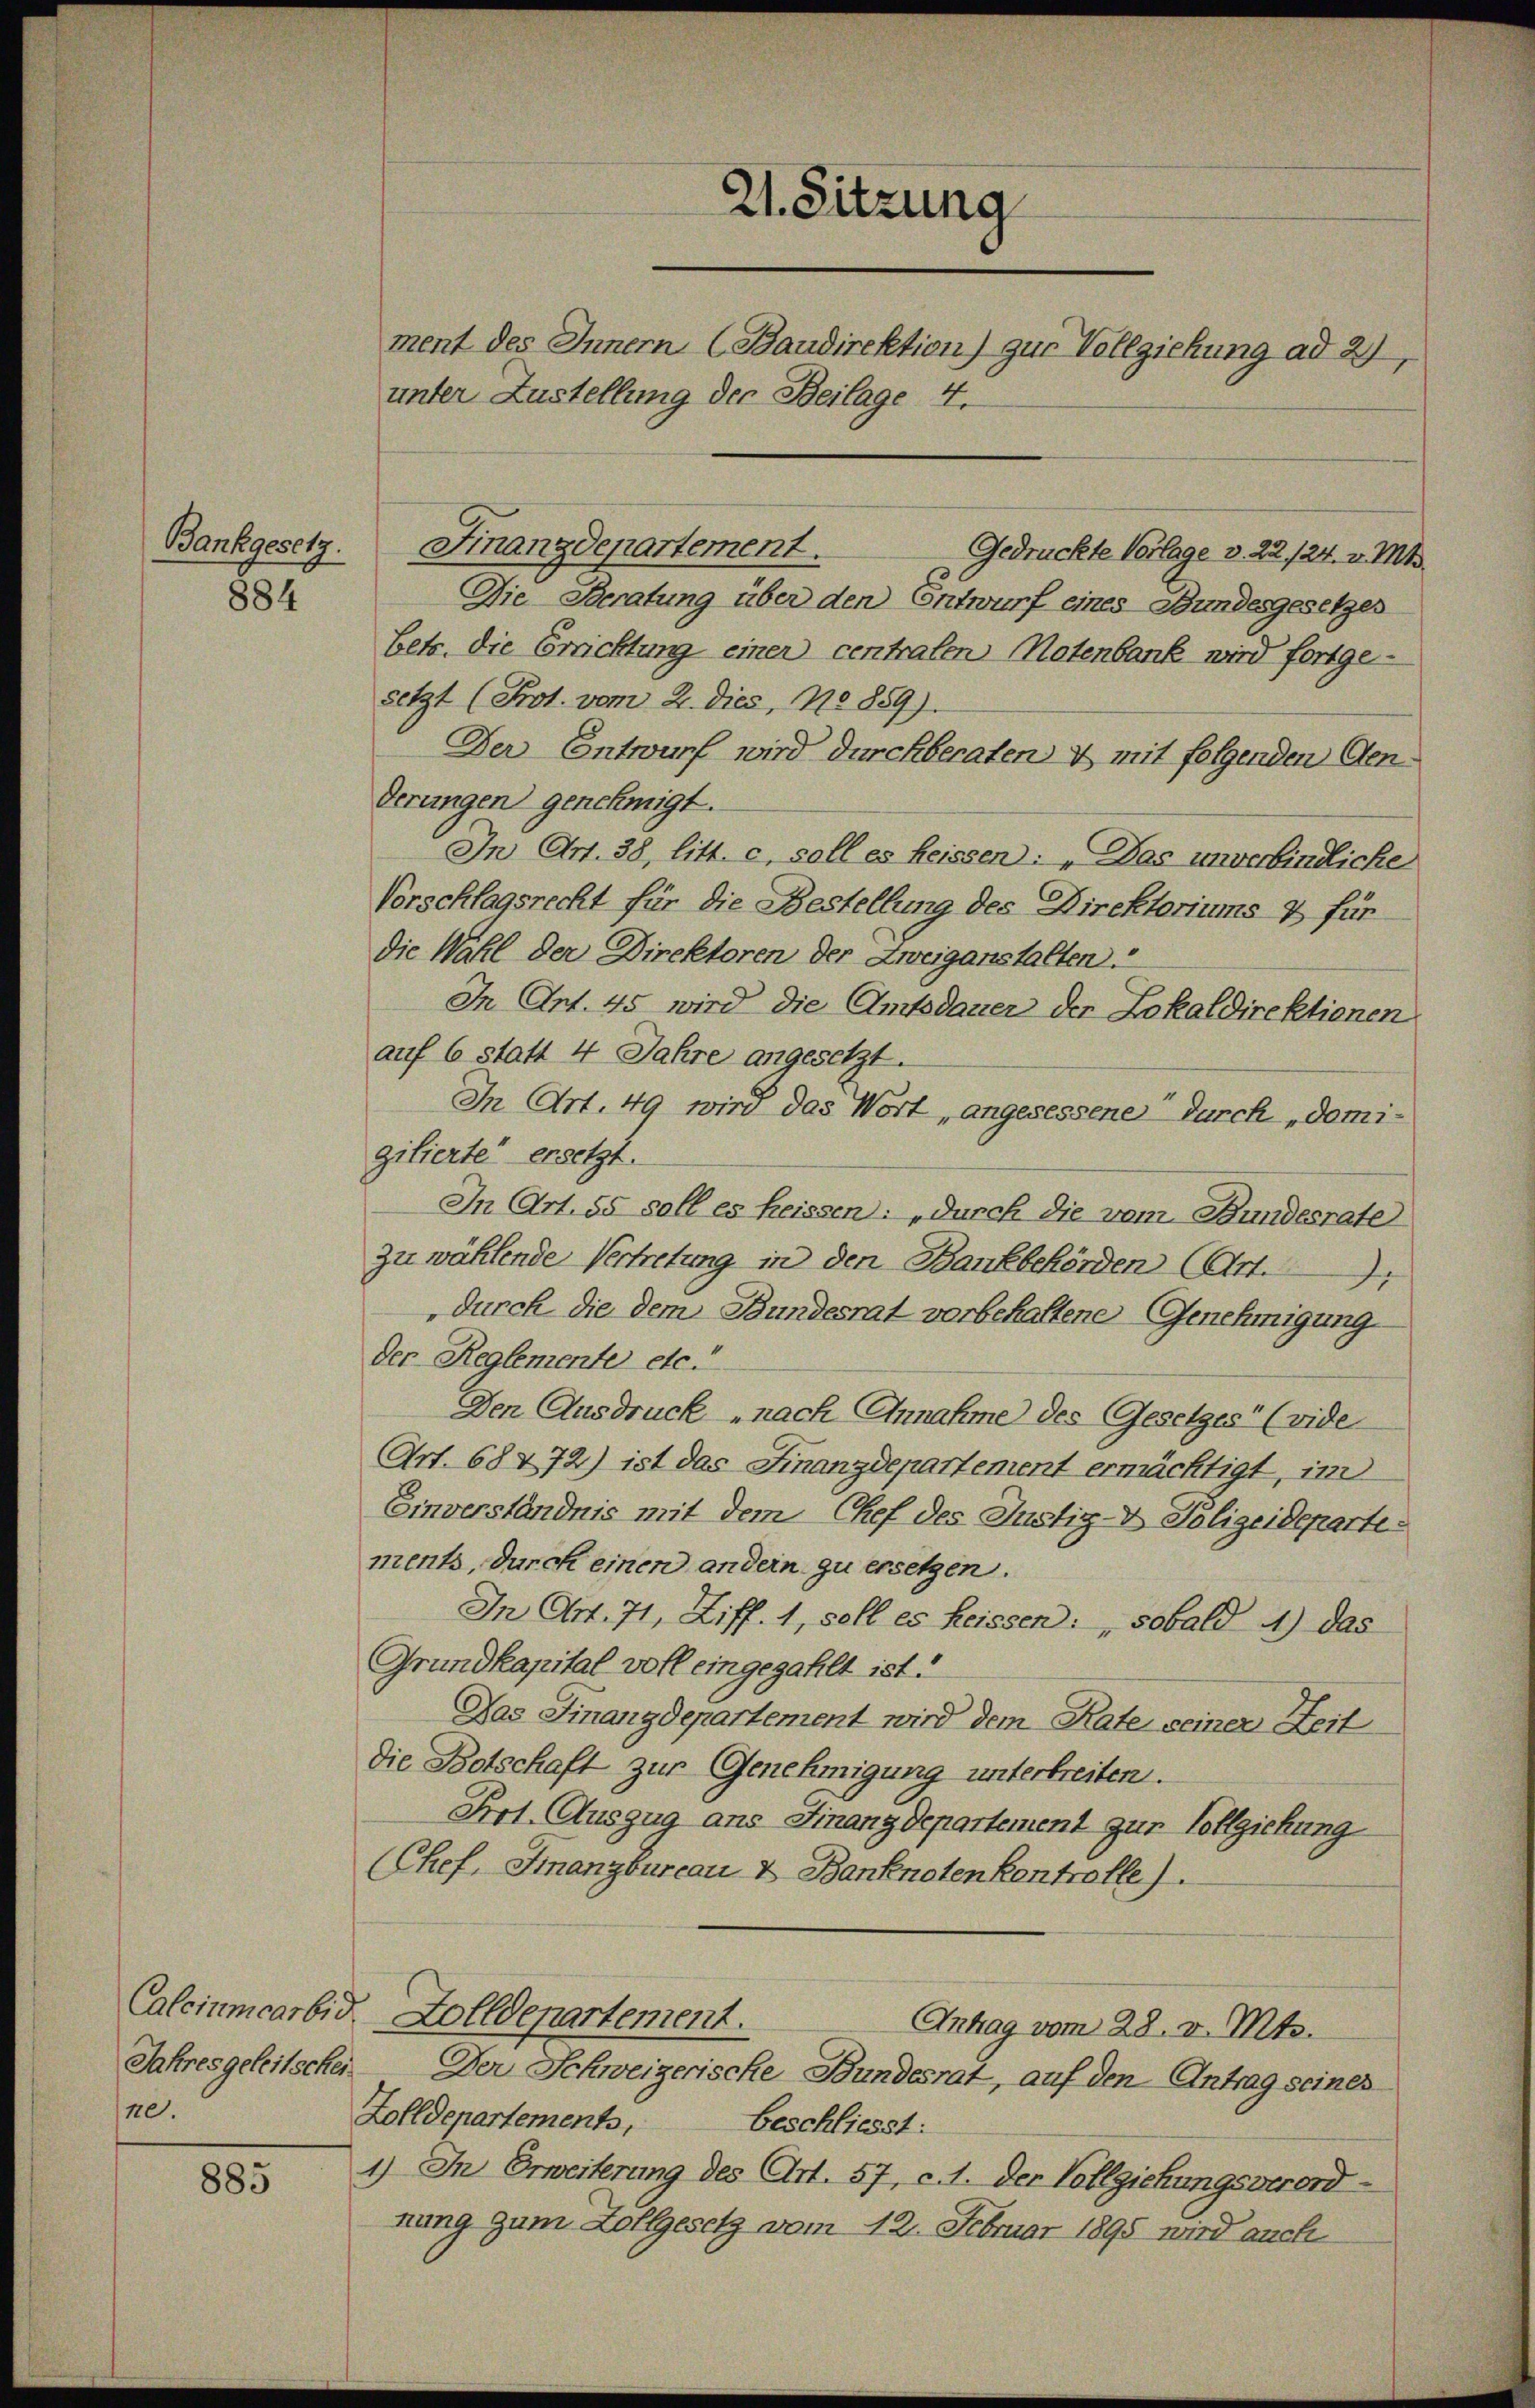
Bankgesetz.

883

884

Jahres geleitschei¬
10.

21. Sitzung
ment des Innern (Baudirektion) zur Vollziehung ad 29
unter Zustellung der Beilage 4.

Die Beratung über den Entwurf eines Stundesgesetzes
betr. die Errichtung einer centralen Notenbank wird fortge-
setzt (Prot. vom 2. dies, No 889).
Der Entwurf wird durchberaten & mit folgenden Cenderungen genehmigt.
In Art. 38, litt. c. soll es heissen: „Das unverbindliche
Vorschlagsrecht für die Bestellung des Direktoriums & für
die Wahl der Direktoren der Zweiganstalten.
In Art. 45 wird die Amtsdauer der Lokaldirektionen
auf 6 statt 4 Jahre angesetzt.
In Art. 49 wird das Wort „angesessene durch „domigilierte ersetzt.
In Art. 55 soll es heissen: „durch die vom Bundesrate
zu wählende Vertretung in den Bankbehörden (Art.
durch die dem Bundesrat verbehaltene Genehmigung
Der Reglemente etc.“
Den Ausdruck „nach Annahme des Gesetzes“ (vide
Art. 68472) ist das Finanzdepartement ermächtigt, im
Einverständnis mit dem Chef des Justiz- & Polizeidepartements, durch einen andern zu ersetzen.
In Art. 71, Ziff. 1, soll es heissen: sobald 4) das
Grundkapital voll eingezahlt ist.
Das Finanzdepartement wird dem Rate seiner Zeit
die Botschaft zur Genehmigung unterbreiten.
Frl. Auszug ans Finanzdepartement zur Vollgickung
(Chef. Finanzbureau & Banknoten kontrolle.
Calcinmcarbid. Zolldepartement.
Antrag vom 28. v. Mts.
Der Schweizerische Bundesrat, auf den Antrag seines
Zolldepartements,
beschliesst:
1) In Erweiterung des Art. 57, c. 1. Der Vollziehungsverordnung zum Zollgesetz vom 12. Februar 1895 wird auch

Finanzdepartement.
Gedrückte Vorlage v. 22124. v. Mts.